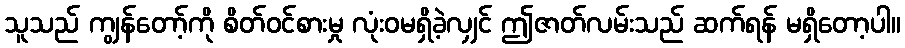
သူသည် ကျွန်တော့်ကို စိတ်ဝင်စားမှု လုံးဝမရှိခဲ့လျှင် ဤဇာတ်လမ်းသည် ဆက်ရန် မရှိတော့ပါ။